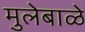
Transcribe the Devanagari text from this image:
मुलेबाळे